Vaccination North-Western Provinces and Oudh 1878-1895 - 1878-1895
Year: 1878
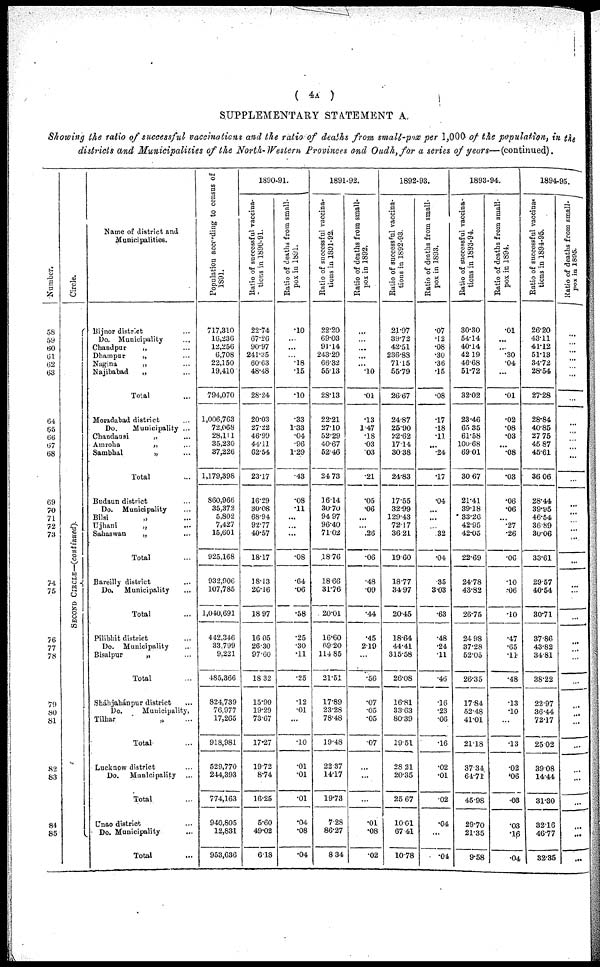
( 4A )
SUPPLEMENTARY STATEMENT A,
Showing the ratio of successful vaccinations and the ratio of deaths from small-pox per 1,000 of the population, in the
districts and Municipalities of the North-Western Provinces and Oudh, for a series of years—(continued).
Number.
58
59
60
61
62
63
64
65
66
67
68
69
70
71
72
73
74
75
76
77
78
79
80
81
82
83
84
85
Circle.
SECOND CIRCLE—(continued).
Name of district and
Municipalities.
Bijnor district ...
Do.
Municipality ...
Chandpur
„ ...
Dhampnr
„ ...
Nagina
„ ...
Najibabad
„ ...
Total ...
Moradabad district ...
Do.
Municipality ...
Chandausi
„ ...
Amroha
„ ...
Sambhal
„ ...
Total ...
Budaun district ...
Do.
Municipality ...
Bilsi
„ ...
Ujhani
„ ...
Sahaswan
„ ...
Total ...
Bareilly district ...
Do.
Municipality ...
Total ...
Pilibhit district ...
Do.
Municipality ...
Bisalpur
„ ...
Total ...
Sháhjahánpur district ...
Do.
Municipality,
Tilhar
„
...
Total ...
Lucknow district ...
Do.
Municipality ...
Total ...
Unao district ...
Do. Municipality ...
Total ...
Population according to census of
1891.
717,310
16,236
12,256
6,708
22,150
19,410
794,070
1,006,763
72,068
28,111
35,230
37,226
1,179,398
860,966
35,372
5,802
7,427
15,601
925,168
932,906
107,785
1,040,691
442,346
33,799
9,221
485,366
824,739
76,977
17,265
918,981
529,770
244,393
774,163
940,805
12,831
953,636
1890-91.
Ratio of successful vaccina-
tions in 1890-91.
22.74
67.26
90.97
241.35
60.63
48.48
28.24
20.03
27.22
46.99
44.11
62.54
23.17
16.29
30.08
68.94
92.77
40.57
18.17
18.13
26.16
18.97
16.05
26.30
97.60
18.32
15.90
19.29
73.67
17.27
19.72
8.74
16.25
5.60
49.02
6.18
Ratio of deaths from small-
pox in 1891.
.10
...
...
...
.18
.15
.10
.33
1.33
.04
.96
1.29
.43
.08
.11
...
...
...
.08
.64
.06
.58
.25
.30
.11
.25
.12
.01
...
.10
.01
.01
.01
.04
.08
.04
1891-92.
Ratio of successful vaccina-
tions in 1891-92.
22.20
69.03
91.14
243.29
66.32
55.13
28.13
22.21
27.10
52.29
40.67
52.46
24.73
16.14
30.70
94.97
96.40
71.02
18.76
18.66
31.76
20.01
16.60
69.20
114.85
21.51
17.89
23.28
78.48
19.48
22.37
14.17
19.73
7.28
86.27
8.34
Ratio of deaths from small-
pox in 1892.
...
...
...
...
...
.10
.01
.13
1.47
.18
.03
.03
.21
.05
.06
...
...
.26
.06
.48
.09
.44
.45
2.19
...
.56
.07
.05
.05
.07
...
...
...
.01
.08
.02
1892-93.
Ratio of successful vaccina-
tions in 1892-93.
21.97
39.72
42.51
236.83
71.15
55.79
26.67
24.87
25.90
22.62
17.14
30.38
24.83
17.55
32.99
129.43
72.17
36.21
19.60
18.77
34.97
20.45
18.64
44.41
315.58
26.08
16.81
33.63
80.39
19.51
28.21
20.35
25.67
10.01
67.41
10.78
Ratio of deaths from small-
pox in 1893.
.07
.12
.08
.30
.36
.15
.08
.17
.18
.11
...
.24
.17
.04
...
...
...
32
.04
.35
3.03
.63
.48
.24
.11
.46
.16
.23
.06
.16
.02
.01
.02
.04
...
.04
1893-94.
Ratio of successful vaccina-
tions in 1893-94.
30.30
54.14
40.14
42.19
46.68
51.72
32.02
23.46
65.35
61.58
100.68
69.01
30.67
21.41
39.18
33.26
42.95
42.05
22.69
24.78
43.82
26.75
24.98
37.28
52.05
26.35
17.84
52.48
41.01
21.18
37.34
64.71
45.98
29.70
21.35
9.58
Ratio of deaths from small-
pox in 1894.
.01
...
...
.30
.04
...
.01
.02
.08
.03
...
.08
.03
.06
.06
...
.27
.26
.06
.10
.06
.10
.47
.65
.11
.48
.13
.10
...
.13
.02
.06
.03
.03
.16
.04
1894-95.
Ratio of successful vaccina-
tions in 1894-95.
26.20
43.11
41.12
51.13
34.72
28.54
27.28
28.84
40.85
27.75
45.87
45.61
36.06
28.44
39.95
46.54
36.89
30.06
33.61
29.57
40.54
30.71
37.86
43.82
34.81
38.22
22.97
36.44
72.17
25.02
39.08
14.44
31.30
32.16
46.77
32.35
Ratio of deaths from small-
pox in 1895.
...
...
...
...
...
...
...
...
...
...
...
...
...
...
...
...
...
...
...
...
...
...
...
...
...
...
...
...
...
...
...
...
...
...
...
...